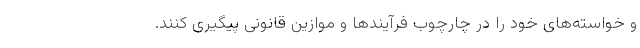
و خواسته‌های خود را در چارچوب فرآیند‌ها و موازین قانونی پیگیری کنند.